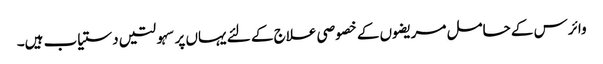
وائرس کے حامل مریضوں کے خصوصی علاج کے لئے یہاں پر سہولتیں دستیاب ہیں۔